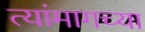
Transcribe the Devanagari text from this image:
त्यांमागच्या